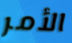
الأمر